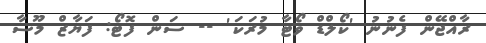
ރާއްޖޭން ފެނުނު 'ކޯލްޑް ވޯޓާ މުރަކަ' -- ސަން ފޮޓޯ: ފަޔާޒް މޫސާ